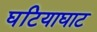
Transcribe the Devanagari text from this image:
घटियाघाट